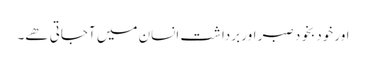
اور خود بخود صبر اور برداشت انسان میں آجاتی ھے۔